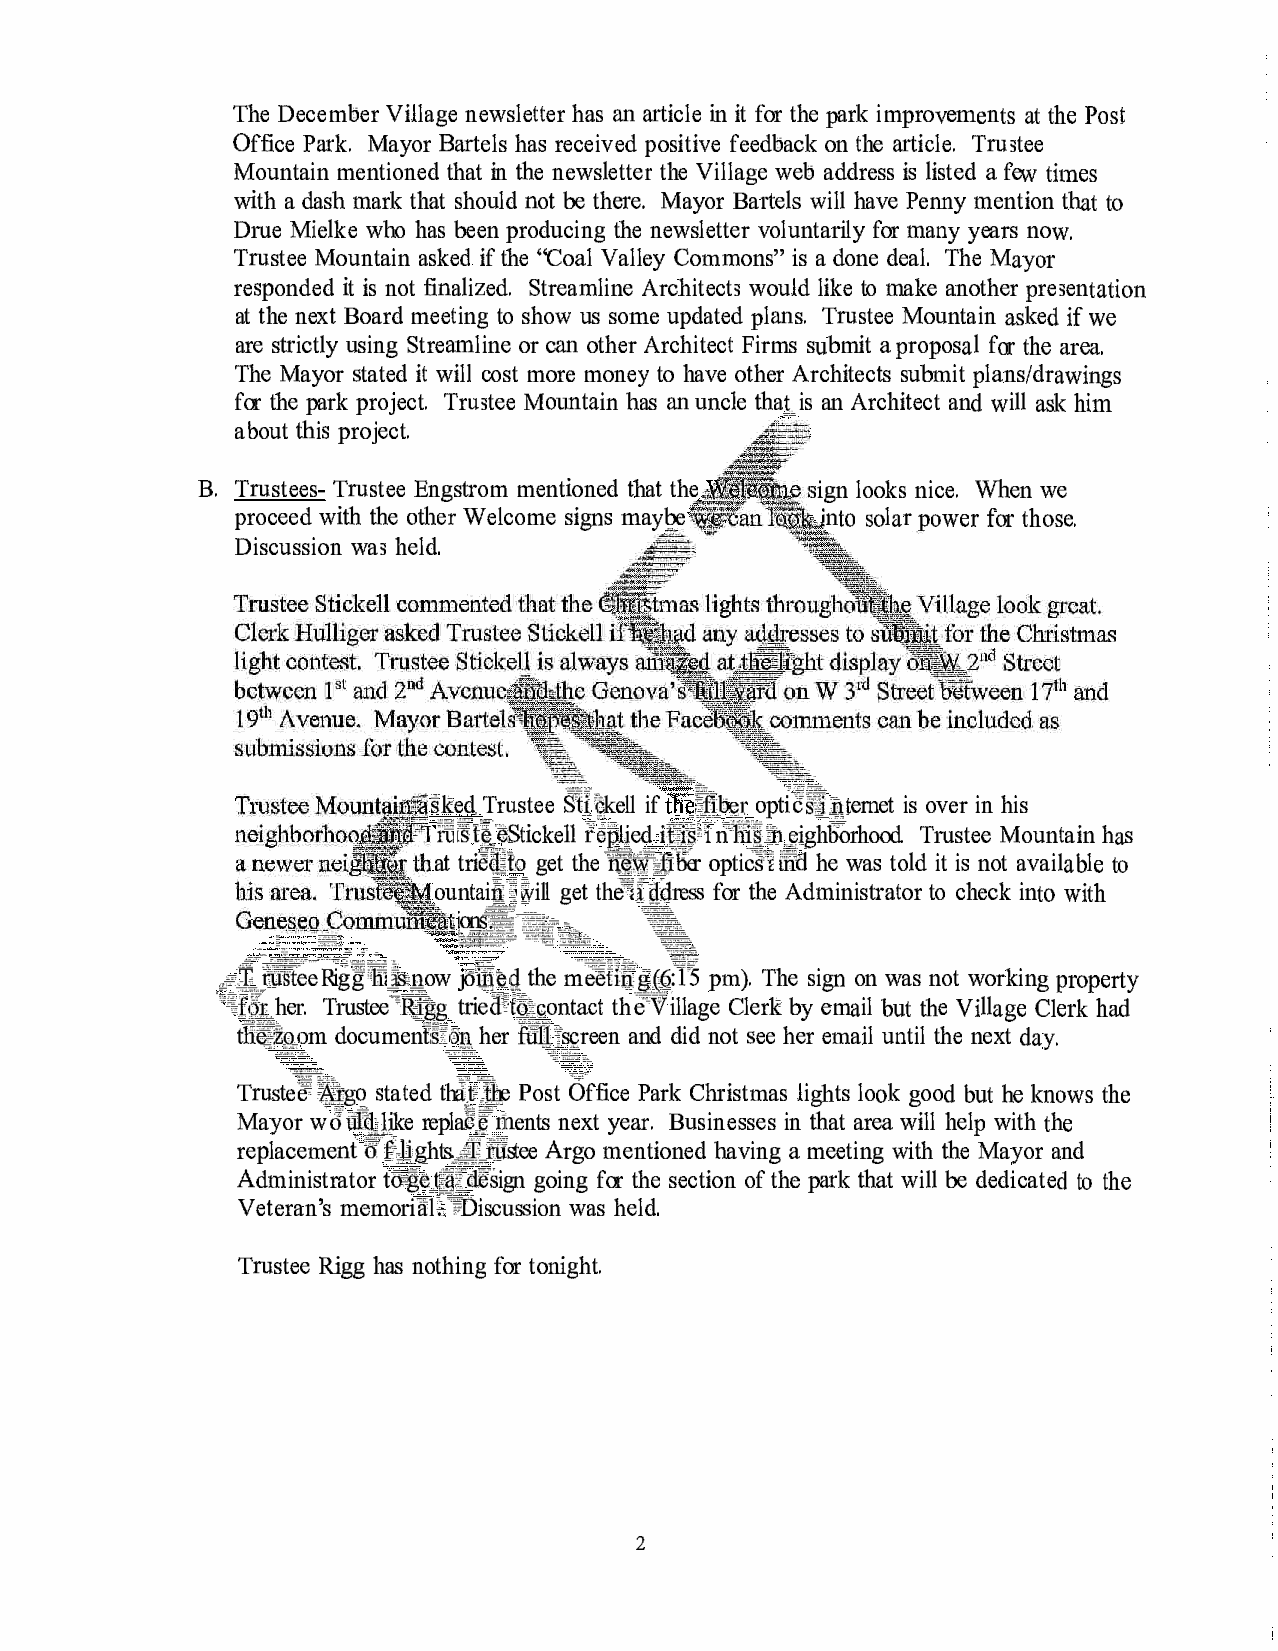
The December Village newsletter has an article in it for the park improvements at the Post
 Office Park. Mayor Bartels has received positive feedback on the article. Trustee
 Mountain mentioned that in the newsletter the Village web address is listed a few times
 with a dash mark that should not be there. Mayor Bartels will have Penny mention that to
 Drue Mielke who has been producing the newsletter voluntarily for many years now.
 Trustee Mountain asked if the "Coal Valley Commons" is a done deal. The Mayor
 responded it is not finalized. Streamline Architects would like to make another presentation
 at the next Board meeting to show us some updated plans. Trustee Mountain asked if we
 are strictly using Streamline or can other Architect Firms submit a proposal for the area.
 The Mayor stated it will cost more money to have other Architects submit plans/drawings
 for the park project. Trustee Mountain has an uncle that is an Architect and will ask him
 about this project.
 B. Trustees- Trustee Engstrom mentioned that the · sign looks nice. When we
 other                     -_ into
 proceed with the Welcome signs maybe     solar power for those.
 Discussion was held.
 sked. Trustee Sti�kell if _ _!l b_t,_r_ opti6tl\ternet is over in his
 rcitieStickell replied iffi-_Tnhlifu£ighborhood. Trustee Mountain has
 at trilil;to get the �\fifiber opticS�an:11 he was told it is not available to
 ountai�:.will get the�iildress for the Administrator to check into with
 'on��f:":�  '�
 __ ·o �-���-
 +�f--&§f;;R.igg
 Jdllle.g ��fiifg(GJ�
 Ifis,n_ow  the         pm). The sign on was not working property
 0
 'lfitr_her. Trustee"R!gg_ triecf'ttQontact the'Village Clerk by email but the Village Clerk had
 t!i�ia:q_om document's:'en her riTit;s9reen and did not see her email until the next day.
 �,--'----:.___- =,� -=:t-:-:----=:-�,_
 =------'--'-----   c,-_:-r
 Truste}�go stated thft;]-ie Post Office Park Christmas lights look good but he knows the
 Mayor w<lullkJike replail§ments next year. Businesses in that area will help with the
 replacement o'fJi_ghts,,t:Nstee Argo mentioned having a meeting with the Mayor and
 Administrator fo-geJ:;lltdesign going for the section of the park that will be dedicated to the
 Veteran's memorial��iscussion was held.
 Trustee Rigg has nothing for tonight.
 2